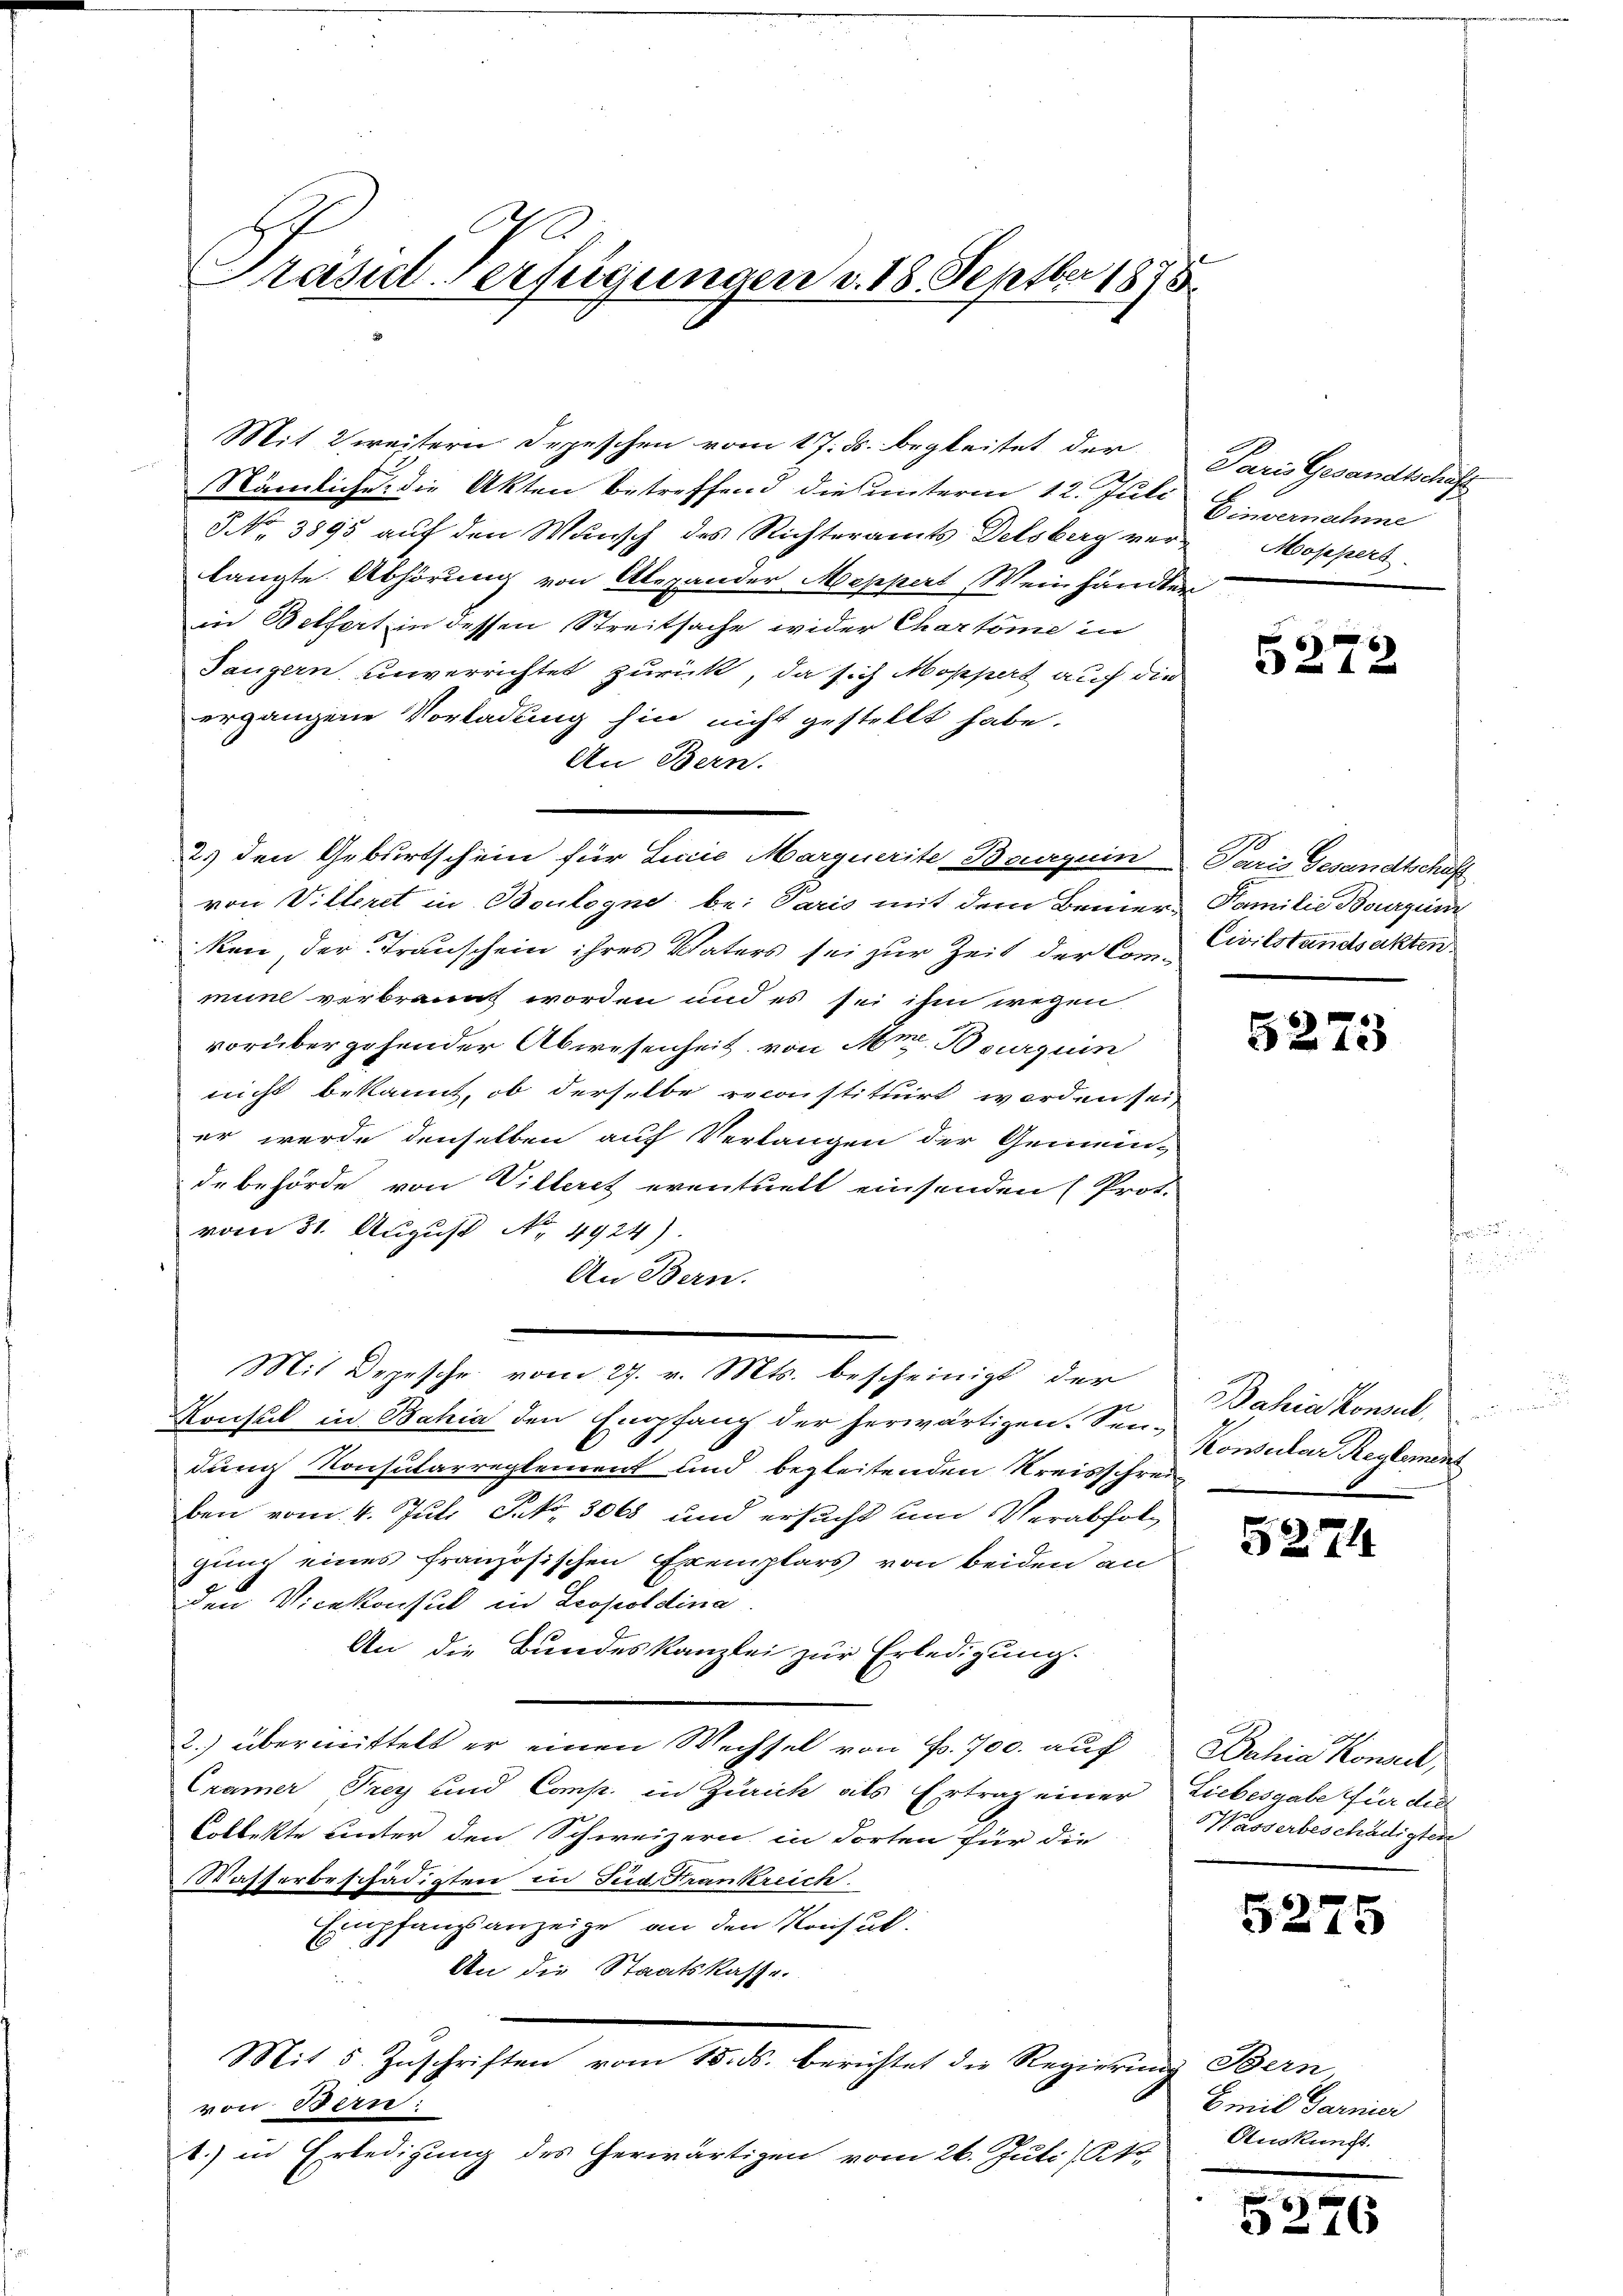
Präsid-Verfügungen v. 18. Septber 1875

Mit Zweitern Depeschen vom 17. d. begleitet der
Nämliche die Akten betreffend dies unterm 12. Juli
3 No 3895 auf den Wunsch des Richteramts Delsberg verlangte Abhörung von Alexander Meppert Weinhändler
in Bethert in dessen Streitsache wider Charteme in
Tangern unverrichtet zurück, da sich Moppert auf die
ergangene Vorladung hin nicht gestellt habe.
An Bern.
2.) den Geburtschein für Linie Marquerite Banguin
von Villeret in Boulogne bei Paris mit dem Bemerken der Trauschein ihres Vaters sei zur Zeit der Commune verbrannt worden und es sei ihm wegen
vorübergehender Abwesenheit, von Mr. Bourquin
nicht bekannt, ob derselbe reconstituirt worden sei,
er werde denselben auf Verlangen der Gemein-
debehörde von Villeret eventuell einsenden (Prot.
vom 31. August No. 4924)
An Bern.
Mit Depesche vom 27. v. Mts. bescheinigt der
Konsul in Bahia den Empfang der herwärtigen. Sen-
dung Konsularreglement und begleitenden Kreisschreiben vom 4. Juli P. Nr. 3068 und ersucht und Verabfolg
gung eines französischen Exemplars von beiden an
den Vicekonsul in Leopoldina.
An die Bundeskanzlei zur Erledigung.
2.) übermittelt er einen Wechsel von Fr. 700. auf
Cramer Frey und Comp. in Zürich als Ertrag einer
Collekte unter den Schweizern in dorten für die
Wasserbeschädigten in Sud Frankreich.
Empfangsanzeige an den Konsuk.
An die Staatskasse.
Mit 5. Zuschriften vom 15. ds. berichtet die Regierung Bern,
von Bern
8.) in Erledigung des herwärtigen vom 26. Juli (Ko

Paris Gesandtschäfte
Einvernahme
Mospers

5272

Paris Gesandtschaft
Familie Bourgun
Civilstandsakten.

5273

Bahia konsul
Konsular Reglement

5274

Bahia Kona,
Liebesgabe für die
Wasserbeschädigten

5275

Emil Garnier
Auskunft.

52

6